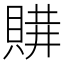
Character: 𧶩